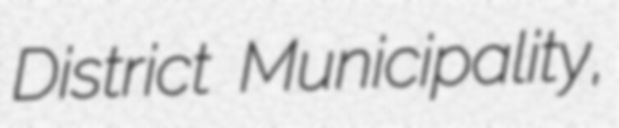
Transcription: District Municipality,